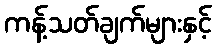
ကန့်သတ်ချက်များနှင့်